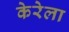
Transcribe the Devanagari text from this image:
केरेला